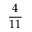
\frac { 4 } { 1 1 }